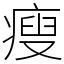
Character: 瘦